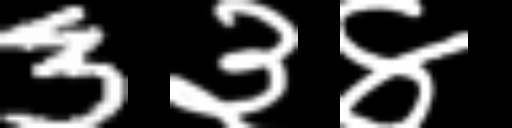
Text: 3३४